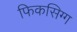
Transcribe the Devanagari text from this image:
फिकसिग्ग